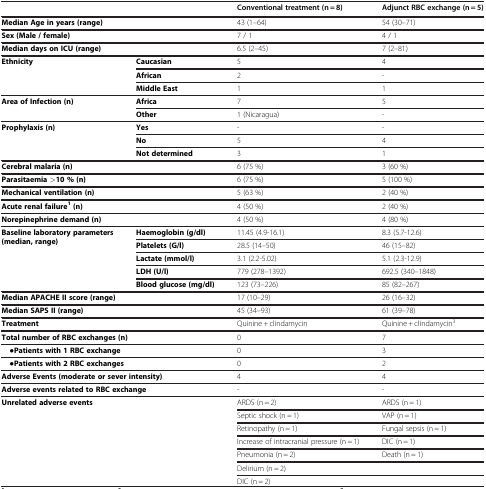
<table><thead><tr><td colspan="2"><b> </b></td><td><b>Conventional treatment (n = 8)</b></td><td><b>Adjunct RBC exchange (n = 5)</b></td></tr></thead><tbody><tr><td colspan="2"><b>Median Age in years (range)</b></td><td>43 (1–64)</td><td>54 (30–71)</td></tr><tr><td colspan="2"><b>Sex (Male / female)</b></td><td>7 / 1</td><td>4 / 1</td></tr><tr><td colspan="2"><b>Median days on ICU (range)</b></td><td>6.5 (2–45)</td><td>7 (2–81)</td></tr><tr><td rowspan="3"><b>Ethnicity</b></td><td><b>Caucasian</b></td><td>5</td><td>4</td></tr><tr><td><b>African</b></td><td>2</td><td>-</td></tr><tr><td><b>Middle East</b></td><td>1</td><td>1</td></tr><tr><td rowspan="2"><b>Area of Infection (n)</b></td><td><b>Africa</b></td><td>7</td><td>5</td></tr><tr><td><b>Other</b></td><td>1 (Nicaragua)</td><td>-</td></tr><tr><td rowspan="3"><b>Prophylaxis (n)</b></td><td><b>Yes</b></td><td>-</td><td>-</td></tr><tr><td><b>No</b></td><td>5</td><td>4</td></tr><tr><td><b>Not determined</b></td><td>3</td><td>1</td></tr><tr><td colspan="2"><b>Cerebral malaria (n)</b></td><td>6 (75 %)</td><td>3 (60 %)</td></tr><tr><td colspan="2"><b>Parasitaemia &gt;10 % (n)</b></td><td>6 (75 %)</td><td>5 (100 %)</td></tr><tr><td colspan="2"><b>Mechanical ventilation (n)</b></td><td>5 (63 %)</td><td>2 (40 %)</td></tr><tr><td colspan="2"><b>Acute renal failure</b><sup><b>1</b></sup><b>(n)</b></td><td>4 (50 %)</td><td>2 (40 %)</td></tr><tr><td colspan="2"><b>Norepinephrine demand (n)</b></td><td>4 (50 %)</td><td>4 (80 %)</td></tr><tr><td rowspan="5"><b>Baseline laboratory parameters (median, range)</b></td><td><b>Haemoglobin (g/dl)</b></td><td>11.45 (4.9-16.1)</td><td>8.3 (5.7-12.6)</td></tr><tr><td><b>Platelets (G/l)</b></td><td>28.5 (14–50)</td><td>46 (15–82)</td></tr><tr><td><b>Lactate (mmol/l)</b></td><td>3.1 (2.2-5.02)</td><td>5.1 (2.3-12.9)</td></tr><tr><td><b>LDH (U/l)</b></td><td>779 (278–1392)</td><td>692.5 (340–1848)</td></tr><tr><td><b>Blood glucose (mg/dl)</b></td><td>123 (73–226)</td><td>85 (82–267)</td></tr><tr><td colspan="2"><b>Median APACHE II score (range)</b></td><td>17 (10–29)</td><td>26 (16–32)</td></tr><tr><td colspan="2"><b>Median SAPS II (range)</b></td><td>45 (34–93)</td><td>61 (39–78)</td></tr><tr><td colspan="2"><b>Treatment</b></td><td>Quinine + clindamycin</td><td>Quinine + clindamycin<sup>3</sup></td></tr><tr><td colspan="2"><b>Total number of RBC exchanges (n)</b></td><td>0</td><td>7</td></tr><tr><td colspan="2"> ·<b>Patients with 1 RBC exchange</b></td><td>0</td><td>3</td></tr><tr><td colspan="2"> ·<b>Patients with 2 RBC exchanges</b></td><td>0</td><td>2</td></tr><tr><td colspan="2"><b>Adverse Events (moderate or sever intensity)</b></td><td>4</td><td>4</td></tr><tr><td colspan="2"><b>Adverse events related to RBC exchange</b></td><td>-</td><td>-</td></tr><tr><td rowspan="7" colspan="2"><b>Unrelated adverse events</b></td><td>ARDS (n = 2)</td><td>ARDS (n = 1)</td></tr><tr><td>Septic shock (n = 1)</td><td>VAP (n = 1)</td></tr><tr><td>Retinopathy (n = 1)</td><td>Fungal sepsis (n = 1)</td></tr><tr><td>Increase of intracranial pressure (n = 1)</td><td>DIC (n = 1)</td></tr><tr><td>Pneumonia (n = 2)</td><td>Death (n = 1)</td></tr><tr><td>Delirium (n = 2)</td><td> </td></tr><tr><td>DIC (n = 2)</td><td> </td></tr></tbody></table>